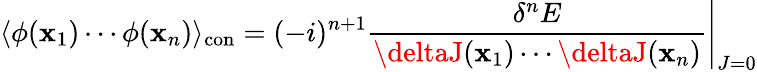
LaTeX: \langle\phi(\mathbf{x}_{1})\cdots\phi(\mathbf{x}_{n})\rangle_{\mathrm{{con}}}=(-i)^{n+1}\left.{\frac{{\delta^{n}E}}{{\deltaJ(\mathbf{x}_{1})\cdots\deltaJ(\mathbf{x}_{n})}}}\right|_{J=0}